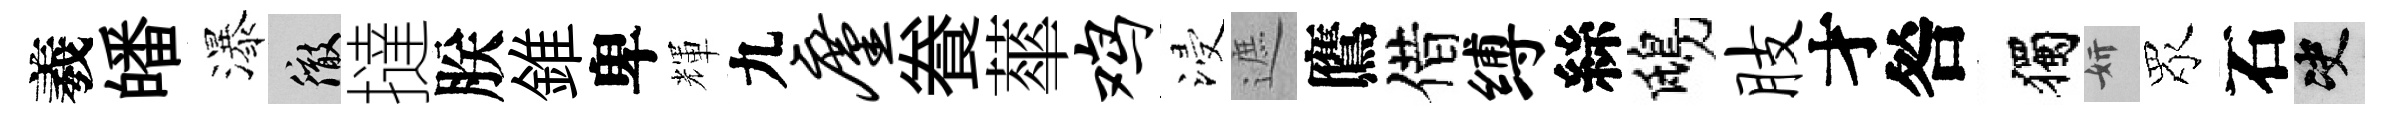
羲皤瀑徹撻朕錐卑輝九廑飬蕐鸡浸遮鷹借缚絲鴟肢才咎獨妍眾石决